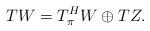
LaTeX: \begin{align*}TW=T_{\pi}^HW\oplus TZ.\end{align*}